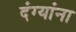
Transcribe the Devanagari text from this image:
दंग्यांना